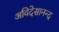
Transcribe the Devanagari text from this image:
अविदेसानन्द